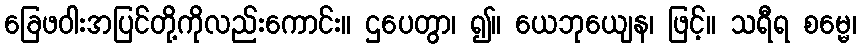
ခြေဖဝါးအပြင်တို့ကိုလည်းကောင်း။ ဌပေတွာ၊ ၍။ ယေဘုယျေန၊ ဖြင့်။ သရီရ စမ္မေ၊